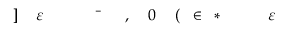
\! \! \! \! \! \! \! \! \! \! \! \varepsilon \! \! \! \! \! \! \! \! \! \! \! \! ^ { \! } \! \! \! \! \! \! \! \! \! \! \! * \! \! \! \! \! \! \! \! \! \! \! \! \in \! \! \! \! \! \! \! \! \! \! \! \! ( \! \! \! \! \! \! \! \! \! \! \! \! 0 \! \! \! \! \! \! \! \! \! \! \! \! , \! \! \! \! \! \! \! \! \! \! \! \! \bar { \! } \! \! \! \! \! \! \! \! \! \! \! \! \! \! \! \! \! \! \! \! \! \! \! \varepsilon \! \! \! \! \! \! \! \! \! \! \! \! ] \! \! \! \! \! \! \! \! \! \! \!